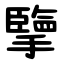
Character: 擥